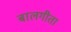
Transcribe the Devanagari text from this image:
बालगीता